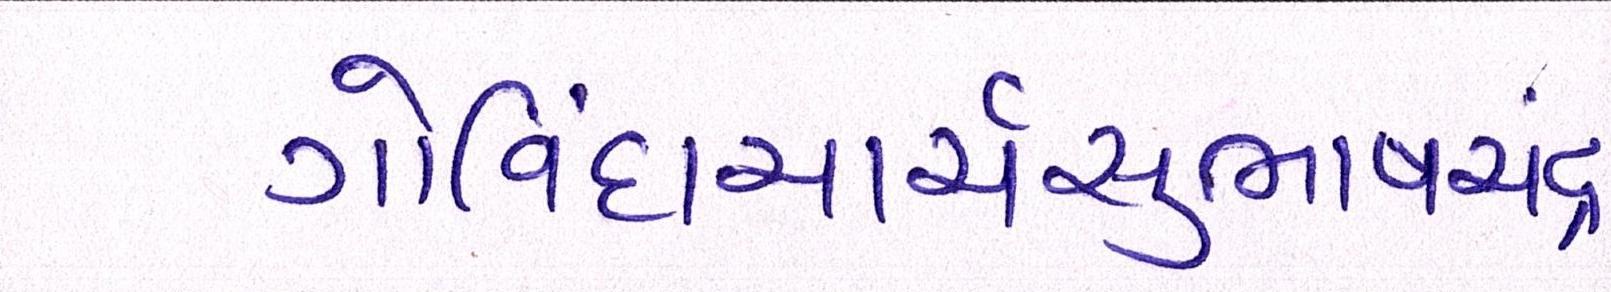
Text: ગોવિંદાચાર્યસુભાષચંદ્ર